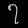
Digit: ၇